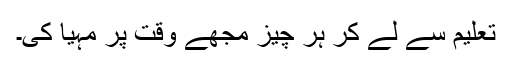
تعلیم سے لے کر ہر چیز مجھے وقت پر مہیا کی۔